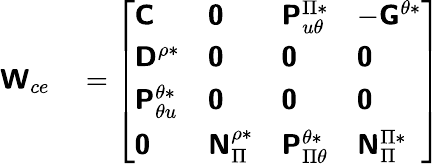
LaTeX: \begin{array}{rl}{\boldsymbol{\mathsf{W}}_{ce}}&{{}=\left[\begin{array}{llll}{\boldsymbol{\mathsf{C}}}&{\boldsymbol{\mathsf{0}}}&{\boldsymbol{\mathsf{P}}_{u\theta}^{\Pi*}}&{-\boldsymbol{\mathsf{G}}^{\theta*}}\\ {\boldsymbol{\mathsf{D}}^{\rho*}}&{\boldsymbol{\mathsf{0}}}&{\boldsymbol{\mathsf{0}}}&{\boldsymbol{\mathsf{0}}}\\ {\boldsymbol{\mathsf{P}}_{\theta u}^{\theta*}}&{\boldsymbol{\mathsf{0}}}&{\boldsymbol{\mathsf{0}}}&{\boldsymbol{\mathsf{0}}}\\ {\boldsymbol{\mathsf{0}}}&{\boldsymbol{\mathsf{N}}_{\Pi}^{\rho*}}&{\boldsymbol{\mathsf{P}}_{\Pi\theta}^{\theta*}}&{\boldsymbol{\mathsf{N}}_{\Pi}^{\Pi*}}\end{array}\right]}\end{array}